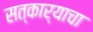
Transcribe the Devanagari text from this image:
सत्कार्याचा